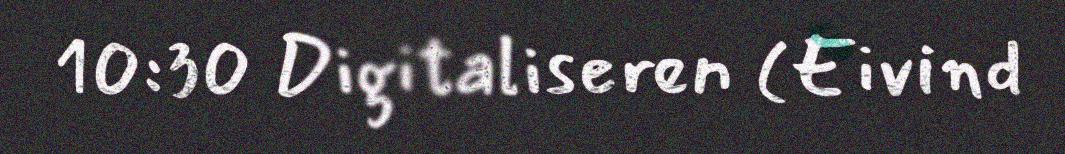
10:30 Digitaliseren (Eivind